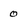
Character: 0